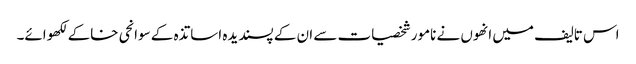
اس تالیف میں انھوں نے نامور شخصیات سے ان کے پسندیدہ اساتذہ کے سوانحی خاکے لکھوائے۔